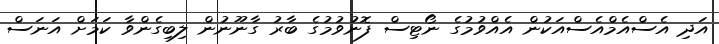
އަދި އެސްއެމްއެސްއަކުން އެއްވުމުގެ ނޯޓިސް ފޮނުވުމުގެ ބާރު ގާނޫނުން ލިބިގެންވާ ކަމަށް އަނަސް